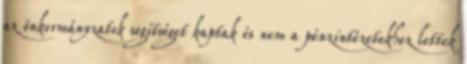
az önkormányzatok segítséget kaptak és nem a pénzintézetekhez lettek